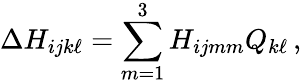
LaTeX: \Delta H_{ijk\ell}=\sum_{m=1}^{3}H_{ijmm}Q_{k\ell}\, ,